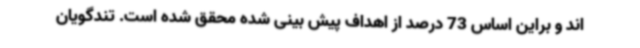
اند و براین اساس 73 درصد از اهداف پیش بینی شده محقق شده است. تندگویان